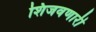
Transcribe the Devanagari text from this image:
शिजवणारी